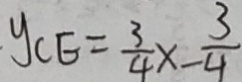
y _ { C E } = \frac { 3 } { 4 } x - \frac { 3 } { 4 }